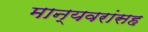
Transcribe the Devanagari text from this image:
मान्यवरांसह